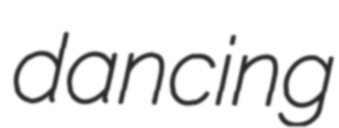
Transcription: dancing